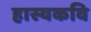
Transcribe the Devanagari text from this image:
हास्यकवि